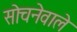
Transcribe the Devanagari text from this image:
सोचनेवाले